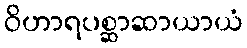
ဝိဟာရပစ္ဆာဆာယာယံ